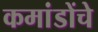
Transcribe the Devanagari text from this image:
कमांडोंचे